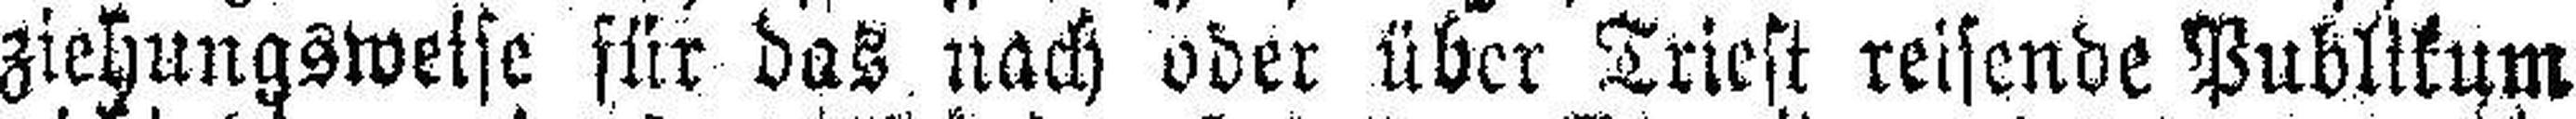
ziehungsweise für das nach oder über Triest reisende Publikum